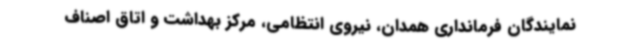
نمایندگان فرمانداری همدان، نیروی انتظامی، مرکز بهداشت و اتاق اصناف